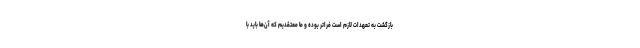
بازگشت به تعهدات لازم است فراتر بوده و ما معتقدیم که آن‌ها باید با